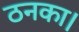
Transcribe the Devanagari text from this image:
ठनका।